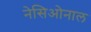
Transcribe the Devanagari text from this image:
नेसिओनाल